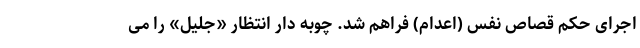
اجرای حکم قصاص نفس (اعدام) فراهم شد. چوبه دار انتظار «جلیل» را می